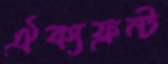
ঐক্যফ্রন্ট